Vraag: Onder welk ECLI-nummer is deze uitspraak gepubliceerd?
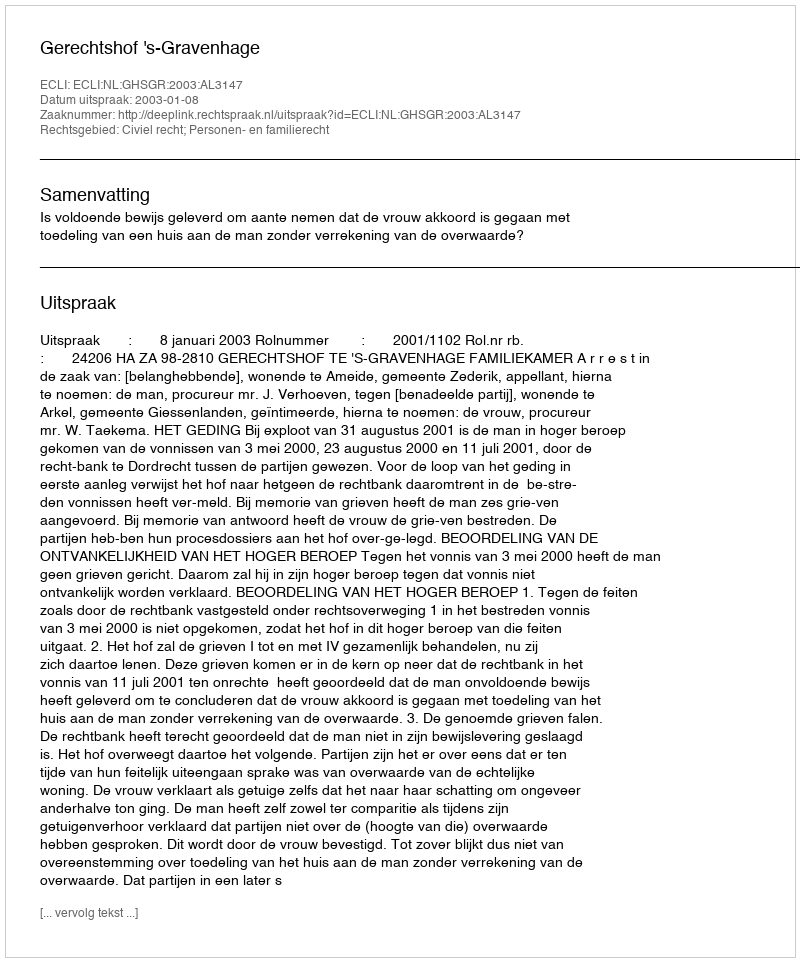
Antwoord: ECLI:NL:GHSGR:2003:AL3147